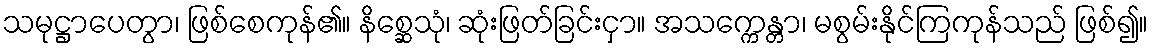
သမုဋ္ဌာပေတွာ၊ ဖြစ်စေကုန်၏။ နိစ္ဆေသုံ၊ ဆုံးဖြတ်ခြင်းငှာ။ အသက္ကေန္တာ၊ မစွမ်းနိုင်ကြကုန်သည် ဖြစ်၍။